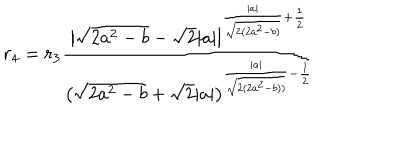
r _ { 4 } = r _ { 3 } \frac { \big | \sqrt { 2 a ^ { 2 } - b } - \sqrt { 2 } | a | \big | ^ { \frac { | a | } { \sqrt { 2 ( 2 a ^ { 2 } - b ) } } + \frac { 1 } { 2 } } } { \big ( \sqrt { 2 a ^ { 2 } - b } + \sqrt { 2 } | a | \big ) ^ { \frac { | a | } { \sqrt { 2 ( 2 a ^ { 2 } - b ) ) } } - \frac { 1 } { 2 } } }